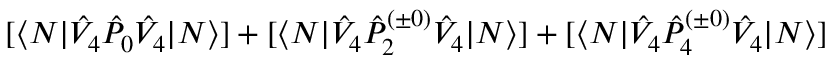
[ \langle N | \hat { V } _ { 4 } \hat { P } _ { 0 } \hat { V } _ { 4 } | N \rangle ] + [ \langle N | \hat { V } _ { 4 } \hat { P } _ { 2 } ^ { ( \pm 0 ) } \hat { V } _ { 4 } | N \rangle ] + [ \langle N | \hat { V } _ { 4 } \hat { P } _ { 4 } ^ { ( \pm 0 ) } \hat { V } _ { 4 } | N \rangle ]